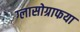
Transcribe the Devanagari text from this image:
ग्लासोग्राफया